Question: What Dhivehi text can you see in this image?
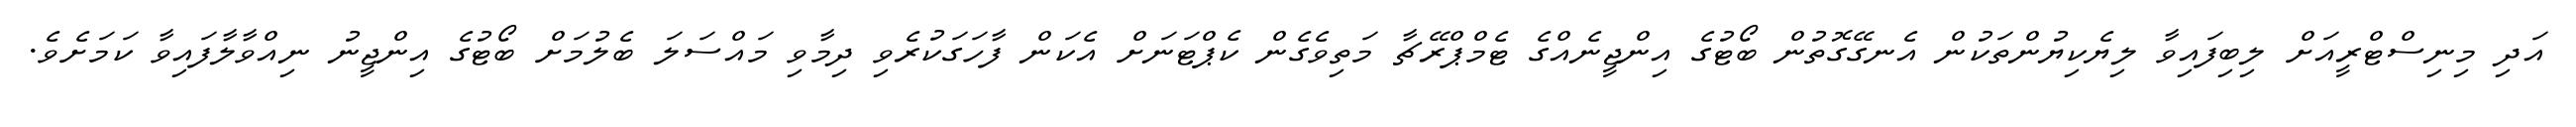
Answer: އަދި މިނިސްޓްރީއަށް ލިބިފައިވާ ލިޔެކިޔުންތަކުން އެނގޭގޮތުން ބޯޓުގެ އިންޖީނެއްގެ ޓެމްޕްރޭޗާ މަތިވެގެން ކެޕްޓަނަށް އެކަން ފާހަގަކުރެވި ދިމާވި މައްސަލަ ބެލުމަށް ބޯޓުގެ އިންޖީނު ނިއްވާލާފައިވާ ކަމަށެވެ.